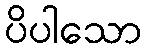
ပိပါသော